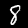
Digit: 8